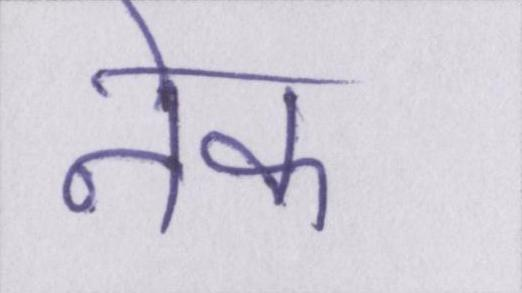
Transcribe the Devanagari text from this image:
नेक